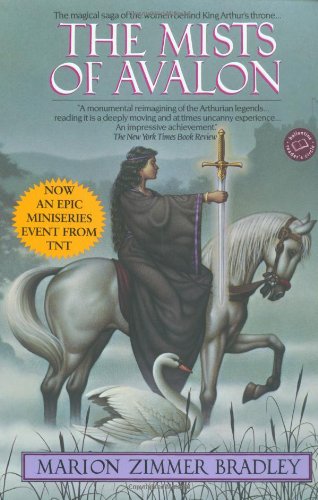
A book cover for The Mists of Avalon; Marion Zimmer Bradley; Science Fiction & Fantasy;